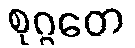
စုဂ္ဂတေ